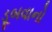
ડૂબવાનો